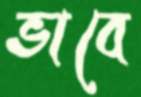
ভাবে